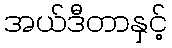
အယ်ဒီတာနှင့်